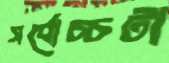
সর্বোচ্চটা